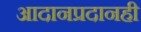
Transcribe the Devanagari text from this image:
आदानप्रदानही